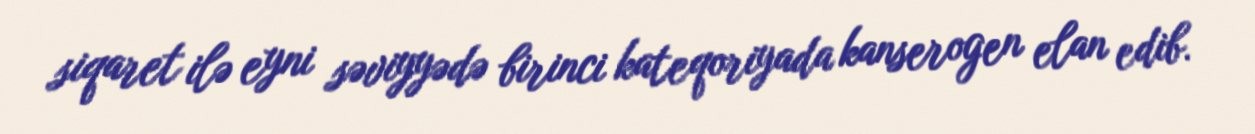
siqaret ilə eyni səviyyədə birinci kateqoriyada kanserogen elan edib.